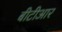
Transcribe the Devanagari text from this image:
बीटीआर